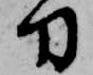
刀